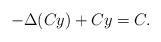
LaTeX: \begin{align*}-\Delta (Cy)+Cy=C. \end{align*}